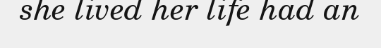
she lived her life had an